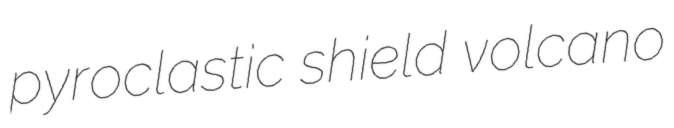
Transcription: pyroclastic shield volcano